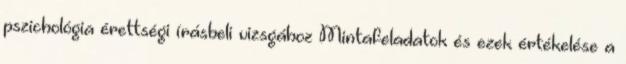
pszichológia érettségi írásbeli vizsgához Mintafeladatok és ezek értékelése a